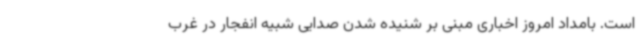
است. بامداد امروز اخباری مبنی بر شنیده شدن صدایی شبیه انفجار در غرب